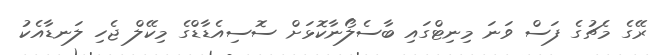
ރޭގެ މެޗުގެ ފަސް ވަނަ މިނިޓްގައި ބާސެލޯނާކޮޅަށް ސޮސިއެޑާޑްގެ މިކޭލް ޖެހި ލަނޑާއެކު